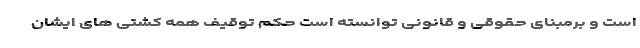
است و برمبنای حقوقی و قانونی توانسته است حکم توقیف همه کشتی های ایشان